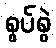
စွပ်စွဲ